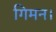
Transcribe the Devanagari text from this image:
गिमन।